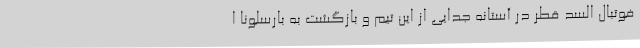
فوتبال السد قطر در آستانه جدایی از این تیم و بازگشت به بارسلونا ا